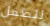
للطفل